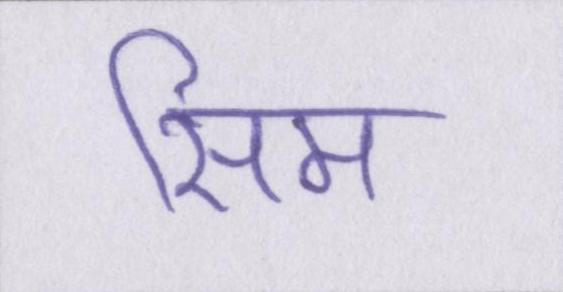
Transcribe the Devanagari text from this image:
सिम